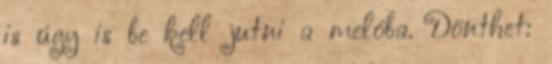
is úgy is be kell jutni a melóba. Dönthet: